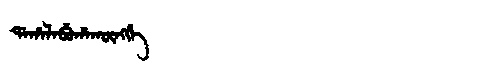
Manchu: ᡩᠠᡥᠠᠯᠠᠪᡠᡥᠠᡴᡡᠩᡤᡝ
Romanization: DAHALABUHAKŪNGGE